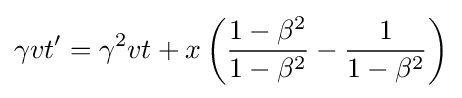
\gamma vt'=\gamma ^{2}vt+x\left({\frac {1-\beta ^{2}}{1-\beta ^{2}}}-{\frac {1}{1-\beta ^{2}}}\right)